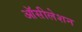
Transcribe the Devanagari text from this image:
ऑसीलेशन